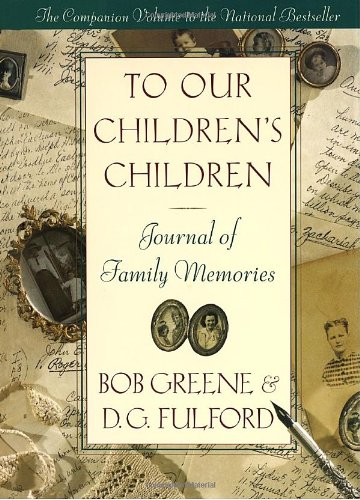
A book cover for To Our Children's Children Journal; Bob Greene; Parenting & Relationships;